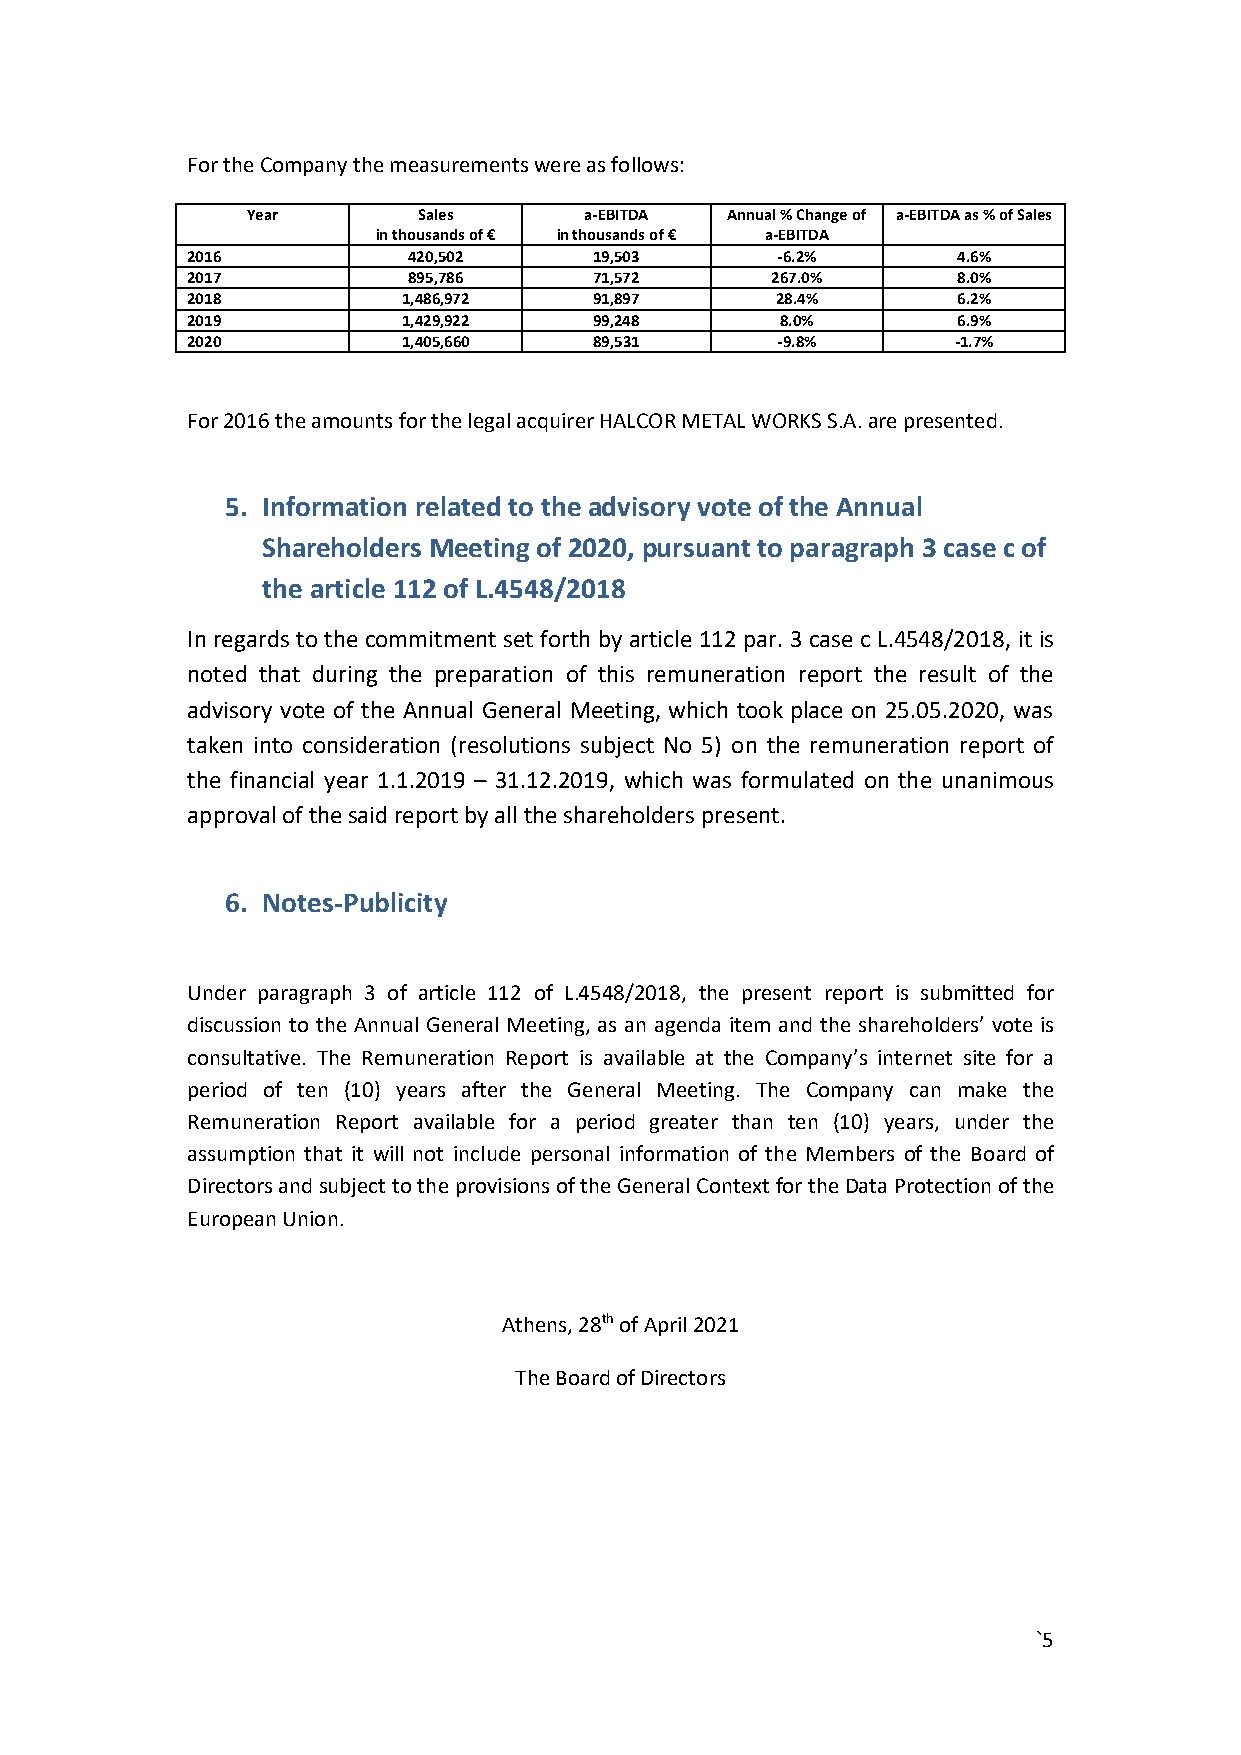
For the Company the measurements were as follows:
 Year        Sales      a-EBITDA Annual % Change of a-EBITDA as % of Sales
 in thousands of € in thousands of € a-EBITDA
 2016           420,502     19,503      -6.2%       4.6%
 2017           895,786     71,572      267.0%      8.0%
 2018           1,486,972   91,897      28.4%       6.2%
 2019           1,429,922   99,248       8.0%       6.9%
 2020           1,405,660   89,531      -9.8%       -1.7%
 For 2016 the amounts for the legal acquirer HALCOR METAL WORKS S.A. are presented.
 5. Information related to the advisory vote of the Annual
 Shareholders Meeting of 2020, pursuant to paragraph 3 case c of
 the article 112 of L.4548/2018
 In regards to the commitment set forth by article 112 par. 3 case c L.4548/2018, it is
 noted that during the preparation of this remuneration report the result of the
 advisory vote of the Annual General Meeting, which took place on 25.05.2020, was
 taken into consideration (resolutions subject No 5) on the remuneration report of
 the financial year 1.1.2019 – 31.12.2019, which was formulated on the unanimous
 approval of the said report by all the shareholders present.
 6. Notes-Publicity
 Under paragraph 3 of article 112 of L.4548/2018, the present report is submitted for
 discussion to the Annual General Meeting, as an agenda item and the shareholders’ vote is
 consultative. The Remuneration Report is available at the Company’s internet site for a
 period of ten (10) years after the General Meeting. The Company can make the
 Remuneration Report available for a period greater than ten (10) years, under the
 assumption that it will not include personal information of the Members of the Board of
 Directors and subject to the provisions of the General Context for the Data Protection of the
 European Union.
 Athens, 28th of April 2021
 The Board of Directors
 `5